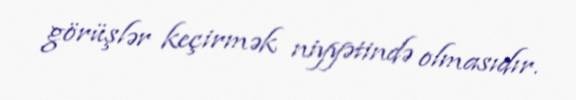
görüşlər keçirmək niyyətində olmasıdır.